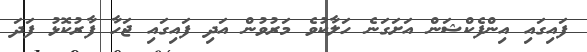
ފައިގައި އިންފެކްޝަން އަށަގަނެ ހަލާކުވެ މަރުވުން އަދި ފައިގައި ޖަހާ ފާރުކޮޅު ފަދަ